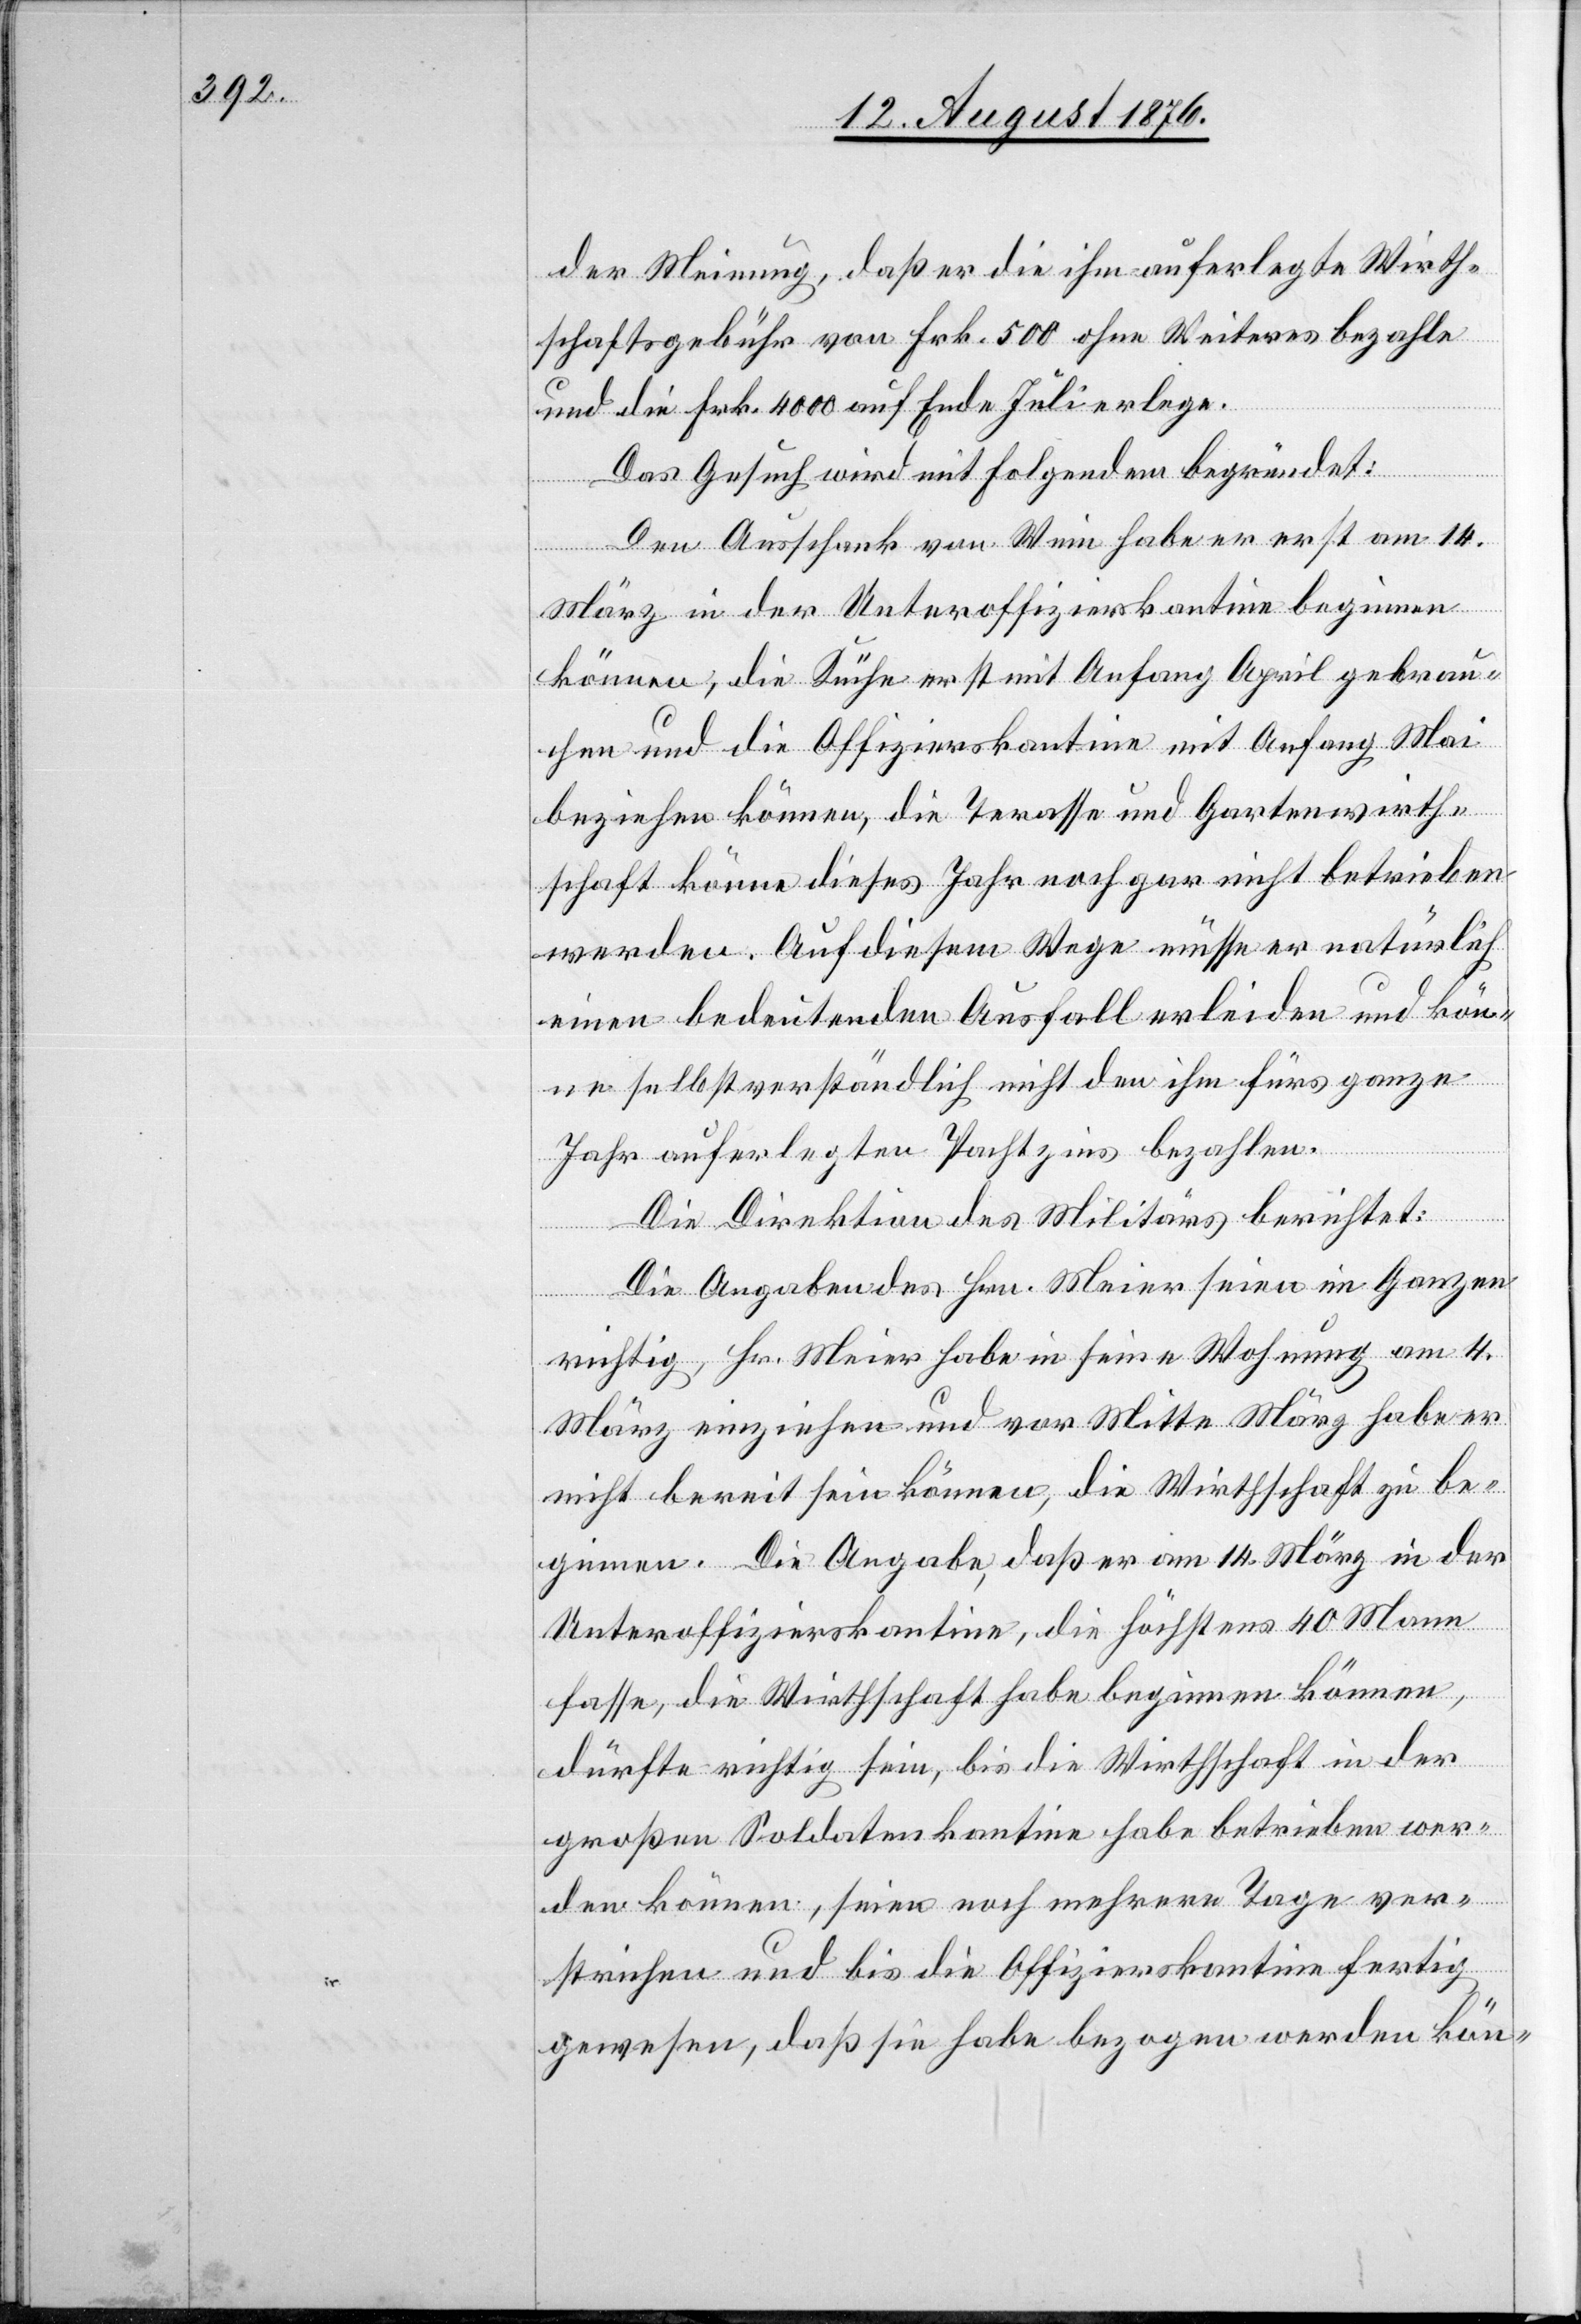
der Meinung, daß er die ihm auferlegte Wirth¬
schaftsgebühr von Frk. 500 ohne Weiteres bezahle
und die Frk. 4000 auf Ende Juli erlege.
Das Gesuch wird mit Folgendem begründet:
Den Ausschank von Wein habe er erst am 14.
März in der Unteroffizierskantine beginnen
können, die Küche erst mit Anfang April gebrau¬
chen und die Offizierskantine mit Anfang Mai
beziehen können, die Terrasse und Gartenwirth¬
schaft könne dieses Jahr noch gar nicht betrieben
werden. Auf diesem Wege müsse er natürlich
einen bedeutenden Ausfall erleiden und kön¬
ne selbstverständlich nicht den ihm fürs ganze
Jahr auferlegten Pachtzins bezahlen.
Die Direktion des Militärs berichtet:
Die Angaben des Hrn. Meier seien im Ganzen
richtig, Hr. Meier habe in seine Wohnung am 4.
März einziehen und vor Mitte März habe er
nicht bereit sein können, die Wirthschaft zu be¬
ginnen. Die Angabe, daß er am 14. März in der
Unteroffizierskantine, die höchstens 40 Mann
fasse, die Wirthschaft habe beginnen können,
dürfte richtig sein, bis die Wirthschaft in der
großen Soldatenkantine habe betrieben wer¬
ken können, seien noch mehrere Tage ver¬
strichen und bis die Offizierskantine fertig
gewesen, daß sie habe bezogen werden kön-